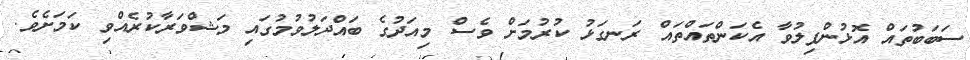
ސަބަބުތައް އޮޅުންފިލުވާ އެކަންތައްތައް ރަނގަޅު ކުރުމަށް ވެސް މިއަދުގެ ބައްދަލުވުމުގައި މަޝްވަރާކުރެއްވި ކަމަށެވެ.